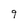
Character: q